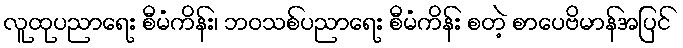
လူထုပညာရေး စီမံကိန်း၊ ဘဝသစ်ပညာရေး စီမံကိန်း စတဲ့ စာပေဗိမာန်အပြင်